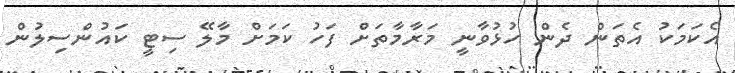
އެކަމަކު އެތަން ދެން ހުޅުވާނީ މަރާމާތަށް ފަހު ކަމަށް މާލޭ ސިޓީ ކައުންސިލުން